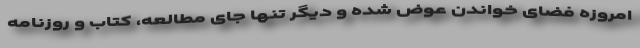
امروزه فضای خواندن عوض شده و دیگر تنها جای مطالعه، کتاب و روزنامه